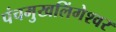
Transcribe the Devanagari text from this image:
पंचमुखलिंगेश्‍वर